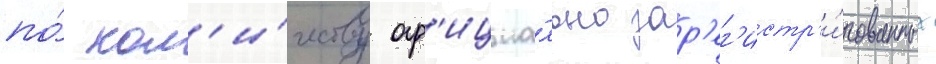
по́ кол'и́честву оф'ициа́льно зар'ег'истр'и́рованных